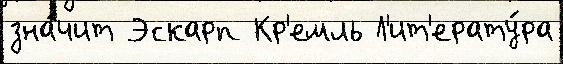
зна́чит Эскарп Кр'емль Л'ит'ерату́ра